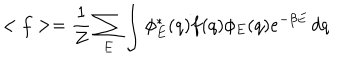
LaTeX: < f > = \frac { 1 } { Z } \sum _ { E } \int \phi _ { E } ^ { * } ( q ) f ( q ) \phi _ { E } ( q ) e ^ { - \beta E } \, d q